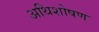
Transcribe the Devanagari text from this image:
अथिशोषण